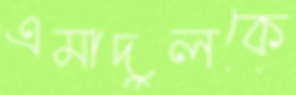
এমাদুলকে